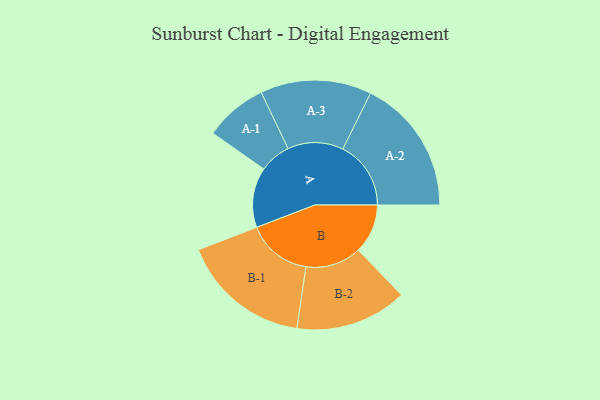
{"axis": {"x": "Segment", "y": "Value"}, "legend": ["", "A", "B"], "data": [{"x": "A", "y": 231, "type": ""}, {"x": "B", "y": 190, "type": ""}, {"x": "A-1", "y": 121, "type": "A"}, {"x": "A-2", "y": 262, "type": "A"}, {"x": "A-3", "y": 214, "type": "A"}, {"x": "B-1", "y": 250, "type": "B"}, {"x": "B-2", "y": 215, "type": "B"}]}